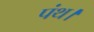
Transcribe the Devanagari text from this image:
पंथ।